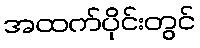
အထက်ပိုင်းတွင်